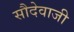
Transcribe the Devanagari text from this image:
सौदेवाजी